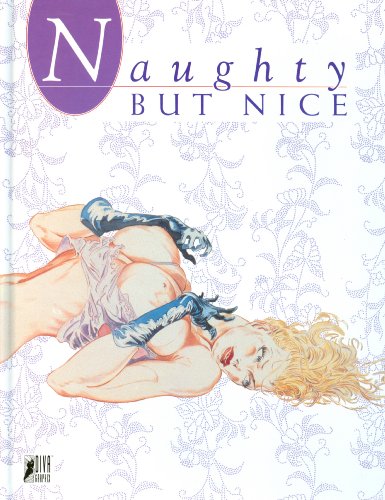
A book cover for Naughty but Nice; Comics & Graphic Novels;